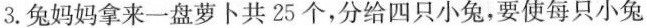
3.兔妈妈拿来一盘萝卜共25个，分给四只小兔，要使每只小兔